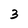
Character: 3